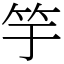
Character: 竽